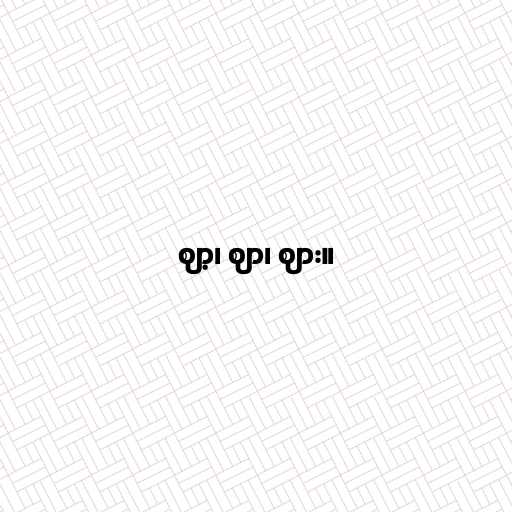
ဈာ့၊ ဈာ၊ ဈား။